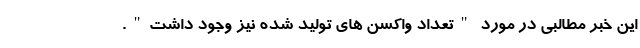
این خبر مطالبی در مورد "تعداد واکسن های تولید شده نیز وجود داشت".